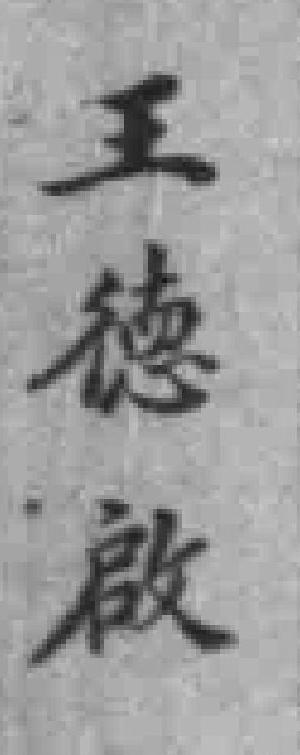
王德啟